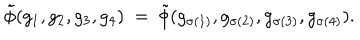
\tilde { \phi } ( g _ { 1 } , g _ { 2 } , g _ { 3 } , g _ { 4 } ) \ = \ \tilde { \phi } ( g _ { \sigma ( 1 ) } , g _ { \sigma ( 2 ) } , g _ { \sigma ( 3 ) } , g _ { \sigma ( 4 ) } ) .